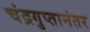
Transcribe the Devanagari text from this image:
चंद्रगुप्तानंतर